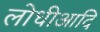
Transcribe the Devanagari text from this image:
लोधीआदि